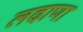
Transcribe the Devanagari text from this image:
लदाणा